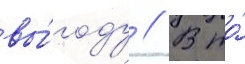
вы́году // В то́